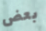
بعض